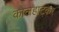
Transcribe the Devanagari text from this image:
कोलहाटकर